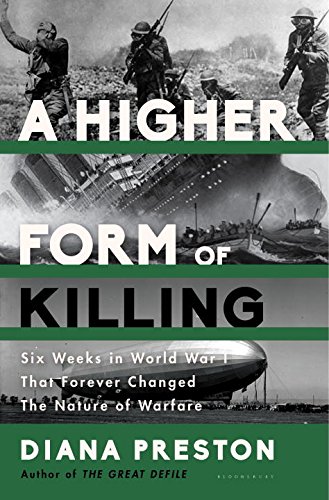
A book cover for A Higher Form of Killing: Six Weeks in World War I That Forever Changed the Nature of Warfare; Diana Preston; History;